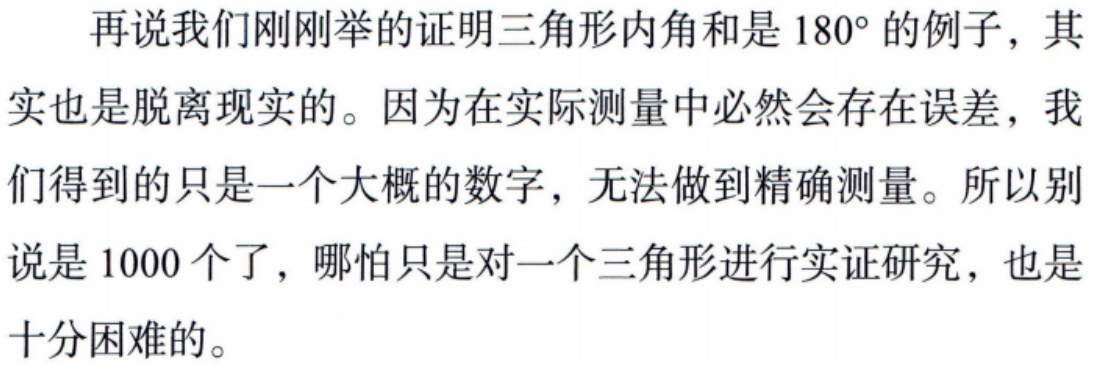
再说我们刚刚举的证明三角形内角和是 \(180^{\circ}\) 的例子，其实也是脱离现实的。因为在实际测量中必然会存在误差，我们得到的只是一个大概的数字，无法做到精确测量。所以别说是 \(1000\) 个了，哪怕只是对一个三角形进行实证研究，也是十分困难的。